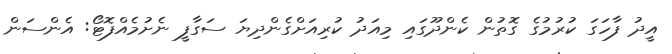
އީދު ފާހަގަ ކުރުމުގެ ގޮތުން ކެންދޫގައި މިއަދު ކުރިއަށްގެންދިޔަ ސަގާފީ ނެށުމެއްފޮޓޯ: އެންސަން